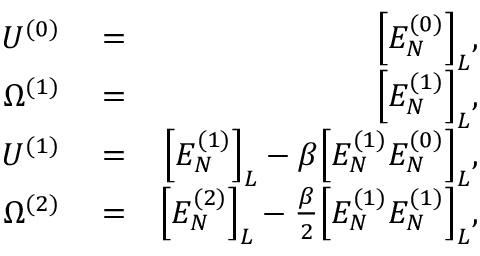
\begin{array} { r l r } { U ^ { ( 0 ) } } & { { } = } & { \Big [ E _ { N } ^ { ( 0 ) } \Big ] _ { L } , } \\ { \Omega ^ { ( 1 ) } } & { { } = } & { \Big [ E _ { N } ^ { ( 1 ) } \Big ] _ { L } , } \\ { U ^ { ( 1 ) } } & { { } = } & { \Big [ E _ { N } ^ { ( 1 ) } \Big ] _ { L } - \beta \Big [ E _ { N } ^ { ( 1 ) } E _ { N } ^ { ( 0 ) } \Big ] _ { L } , } \\ { \Omega ^ { ( 2 ) } } & { { } = } & { \Big [ E _ { N } ^ { ( 2 ) } \Big ] _ { L } - \frac { \beta } { 2 } \Big [ E _ { N } ^ { ( 1 ) } E _ { N } ^ { ( 1 ) } \Big ] _ { L } , } \end{array}